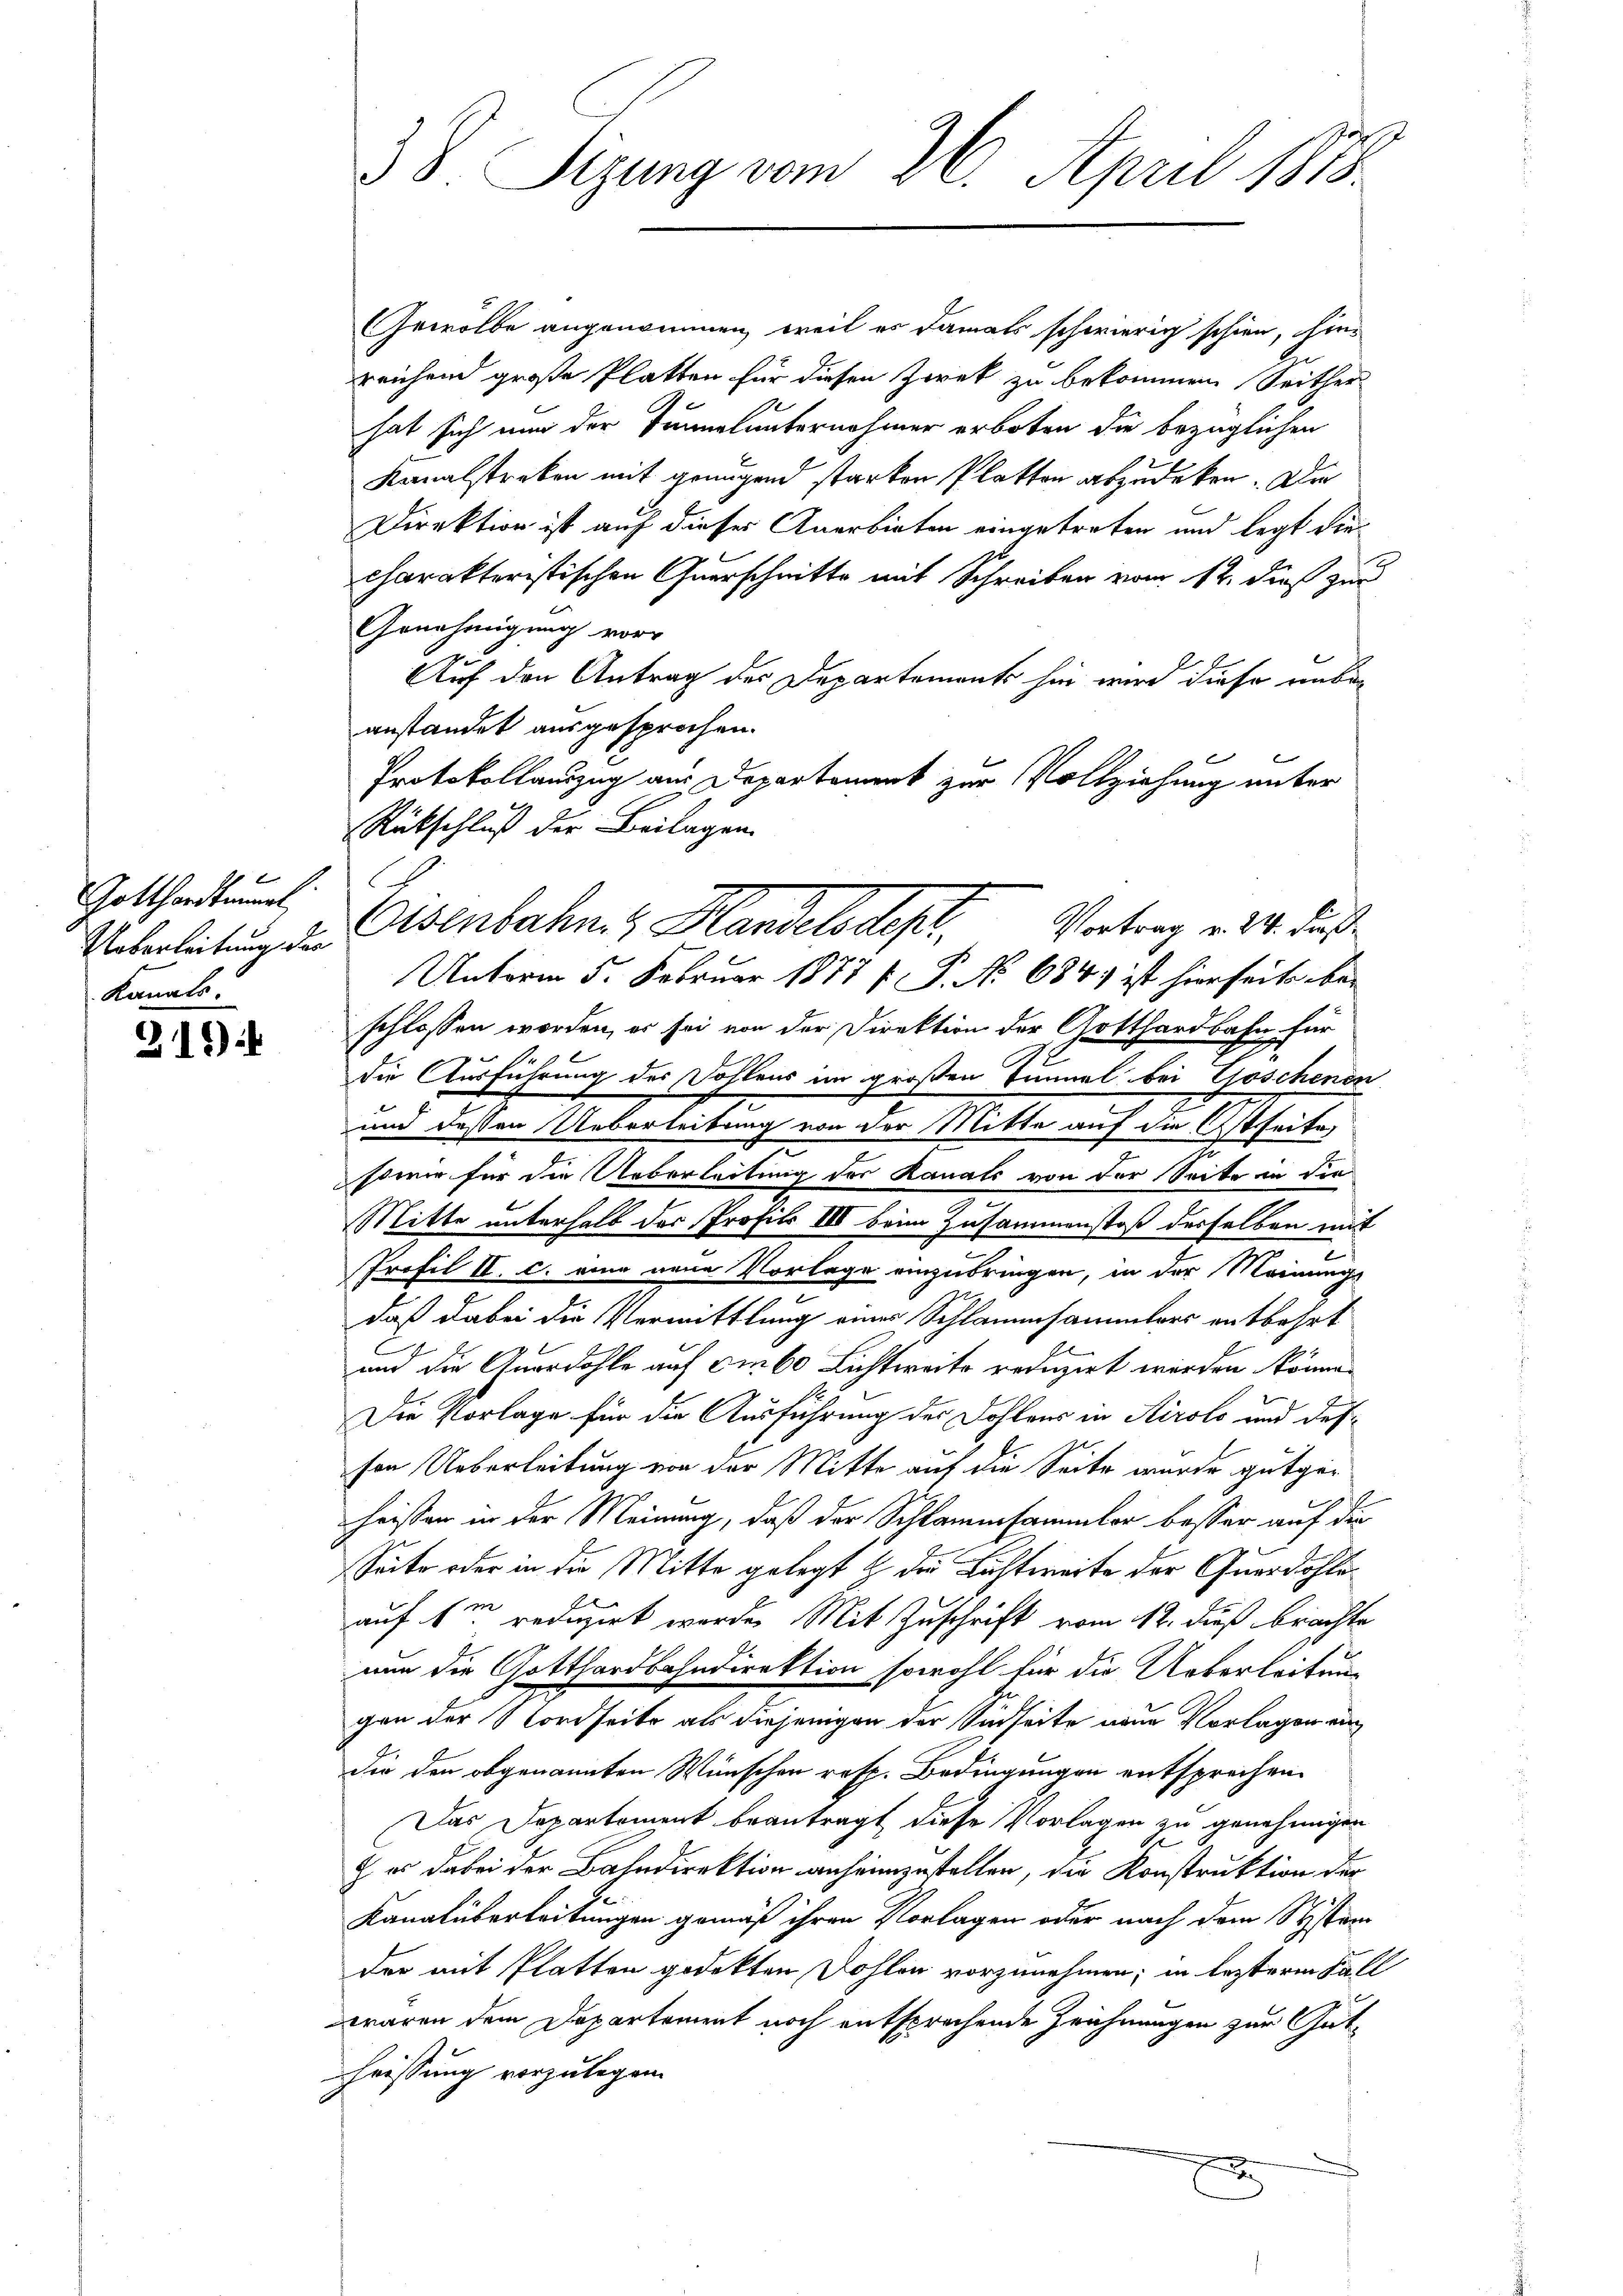
Gotthardtunal,
Ueberleitung der
Kannts

316)

Gewölbe angenommen, weil es damals schwierig schien, hin-
reichend große Platten für diesen Zwek zu bekommen Seither
hat sich und der Tunnelunternehmer erboten die bezüglichen
Kanalstreben mit genügend starken Platten abzudecken. Die
Direktion ist auf dieser Anerbieten eingetreten und legt diecharakteristischen Querschnitte mit Schreiben vom 12. dieß zur
Genehmigung vor
Auf den Antrag des Departements hin wird diese unbeanstandet ausgesprochen.
Protokollauszug aus Departement zur Vollziehung unter
Rückschluß der Beilagen.
Unterm 5. Februar 1877 f. P. Nr. 684.) ist hierseits be-
schlossen worden, er sei von der Direktion der Gotthardbahn für
die Ausführung des Dohlens im großen Tunnel bei Göschenen
und dessen Ueberleitung von der Mitte auf die Ostseite
sowie für die Ueberleitung des Kanals von der Seite an die
Mitte unterhalb des Profits III beim Zusammenstoß derselben mit
f
Profil II. c. eine neue Vorlage einzubringen, in der Meinungs
daß dabei die Vermittlung eines Schlammsammlers entbehrt
um die Quardohle auf die 60 Lichtweite reduzirt werden könne.
Die Vorlage für die Ausführung der Dohlens in Airolo und desson Ueberleitung von der Mitte auf die Seite wurde gutgeheissen in der Meinung, daß der Schlammsammler besser auf die
Seite oder in die Mitte gelegt & die Lichtweite der Quardohleauf 1m reduzirt werde. Mit Zuschrift vom 12. dieß brachte
nun die Gotthardbahndirektion sowohl für die Ueberleitung
gen der Nordseits als diejenigen der Sidseite neue Vorlagen au
die den obgenannten Wünschen resp. Bedingungen entsprechen.
Das Departement beantragt diese Vorlagen zu genehmigen
8
J. er dabei der Bahndirektion anheimzustellen, die Konstruktion der
Kanalüberleitungen gemäß ihren Vorlagen oder nach dem System
der mit Platten gedekten Dohlen vorzunehmen; in lezteren Fall
waren dem Departement noch entsprechende Zeichnungen zur Gutheissung vorzulegen.
x

c
38 Sizung vom 26. April 1873.

Osenbahn & Handelsdept, Vortrag v. 4. das